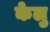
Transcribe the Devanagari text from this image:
केलु